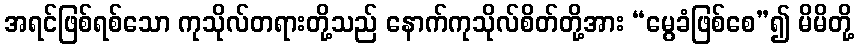
အရင်ဖြစ်ရစ်သော ကုသိုလ်တရားတို့သည် နောက်ကုသိုလ်စိတ်တို့အား “မွေခံဖြစ်စေ”၍ မိမိတို့